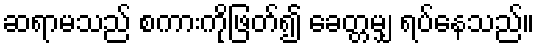
ဆရာမသည် စကားကိုဖြတ်၍ ခေတ္တမျှ ရပ်နေသည်။